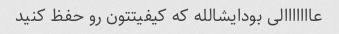
عااااااالی بودایشالله که کیفیتتون رو حفظ کنید